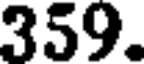
359.